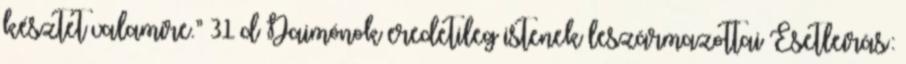
késztet valamire.” 31 d Daimónok eredetileg istenek leszármazottai Esetleírás: